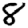
Digit: 8